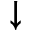
\downarrow